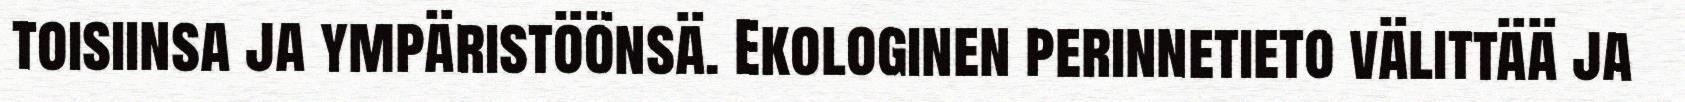
toisiinsa ja ympäristöönsä. Ekologinen perinnetieto välittää ja